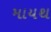
માયથ